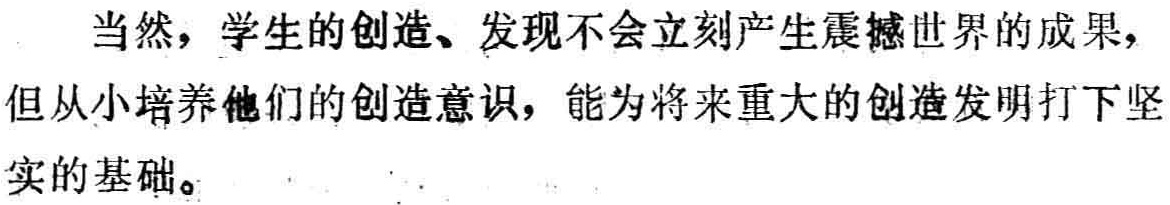
当然，学生的创造、发现不会立刻产生震撼世界的成果，但从小培养他们的创造意识，能为将来重大的创造发明打下坚实的基础。